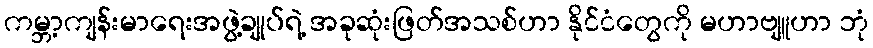
ကမ္ဘာ့ကျန်းမာရေးအဖွဲ့ချုပ်ရဲ့ အခုဆုံးဖြတ်အသစ်ဟာ နိုင်ငံတွေကို မဟာဗျူဟာ ဘုံ